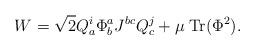
LaTeX: \begin{align*}W = \sqrt{2} Q^{i}_{a} \Phi^{a}_{b} J^{bc} Q^{j}_{c} + \mu \; \mbox{Tr}(\Phi^{2}).\end{align*}